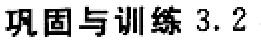
巩固与训练 3.2